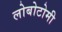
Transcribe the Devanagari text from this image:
लोबोटोमी